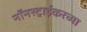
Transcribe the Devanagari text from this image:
नॉनस्ट्राईकरच्या